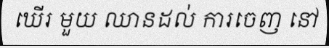
ឃើរ មួយ ឈានដល់ ការចេញ នៅ